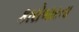
કારોબારના